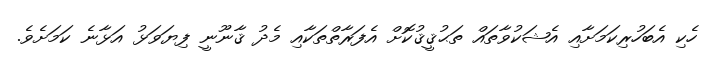
ހެކި އެބަހުރިކަމަށާއި އެޝަކުވާތައް ތަޙުޤީޤުކޮށް އެފަރާތްތަކާއި މެދު ޤާނޫނީ ފިޔަވަޅު އަޅާނެ ކަމަށެވެ.